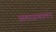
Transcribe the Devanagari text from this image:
अंतरप्रचालन